Source: Handwritten
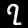
Digit: ၇ (7)